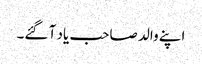
اپنے والد صاحب یاد آ گئے۔